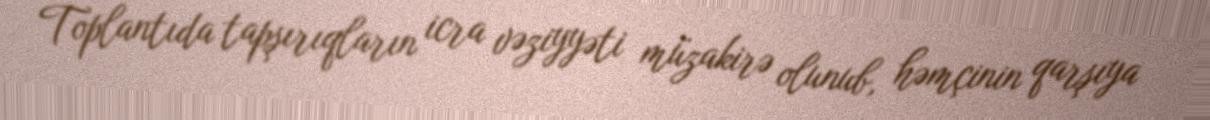
Toplantıda tapşırıqların icra vəziyyəti müzakirə olunub, həmçinin qarşıya